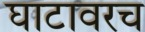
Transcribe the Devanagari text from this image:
घाटावरच